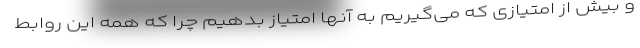
و بیش از امتیازی که می‌گیریم به آنها امتیاز بدهیم چرا که همه این روابط